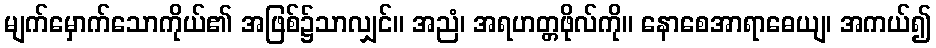
မျက်မှောက်သောကိုယ်၏ အဖြစ်၌သာလျှင်။ အညံ၊ အရဟတ္တဖိုလ်ကို။ နောစေအာရာဓေယျ၊ အကယ်၍